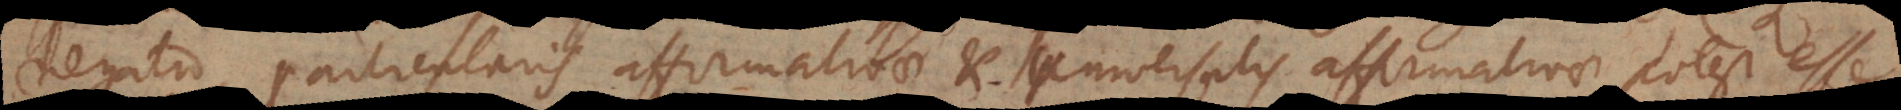
negatio particularis affirmativae et universalis affirmativae potest esse